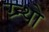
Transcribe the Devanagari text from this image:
ग्र्न्थो